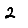
Digit: 2